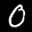
Label: 0